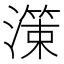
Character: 𭲱